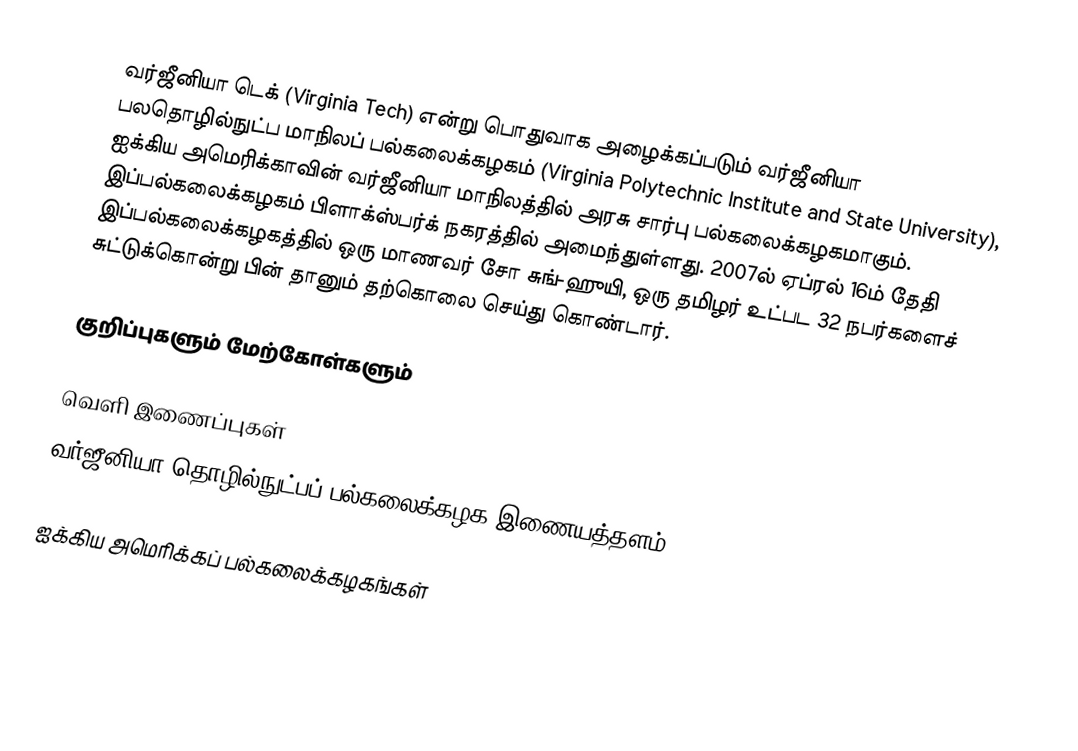
வர்ஜீனியா டெக் (Virginia Tech) என்று பொதுவாக அழைக்கப்படும் வர்ஜீனியா பலதொழில்நுட்ப மாநிலப் பல்கலைக்கழகம் (Virginia Polytechnic Institute and State University), ஐக்கிய அமெரிக்காவின் வர்ஜீனியா மாநிலத்தில் அரசு சார்பு பல்கலைக்கழகமாகும். இப்பல்கலைக்கழகம் பிளாக்ஸ்பர்க் நகரத்தில் அமைந்துள்ளது. 2007ல் ஏப்ரல் 16ம் தேதி இப்பல்கலைக்கழகத்தில் ஒரு மாணவர் சோ சுங்-ஹுயி, ஒரு தமிழர் உட்பட 32 நபர்களைச் சுட்டுக்கொன்று பின் தானும் தற்கொலை செய்து கொண்டார்.

குறிப்புகளும் மேற்கோள்களும்

வெளி இணைப்புகள்
வர்ஜீனியா தொழில்நுட்பப் பல்கலைக்கழக இணையத்தளம்

ஐக்கிய அமெரிக்கப் பல்கலைக்கழகங்கள்